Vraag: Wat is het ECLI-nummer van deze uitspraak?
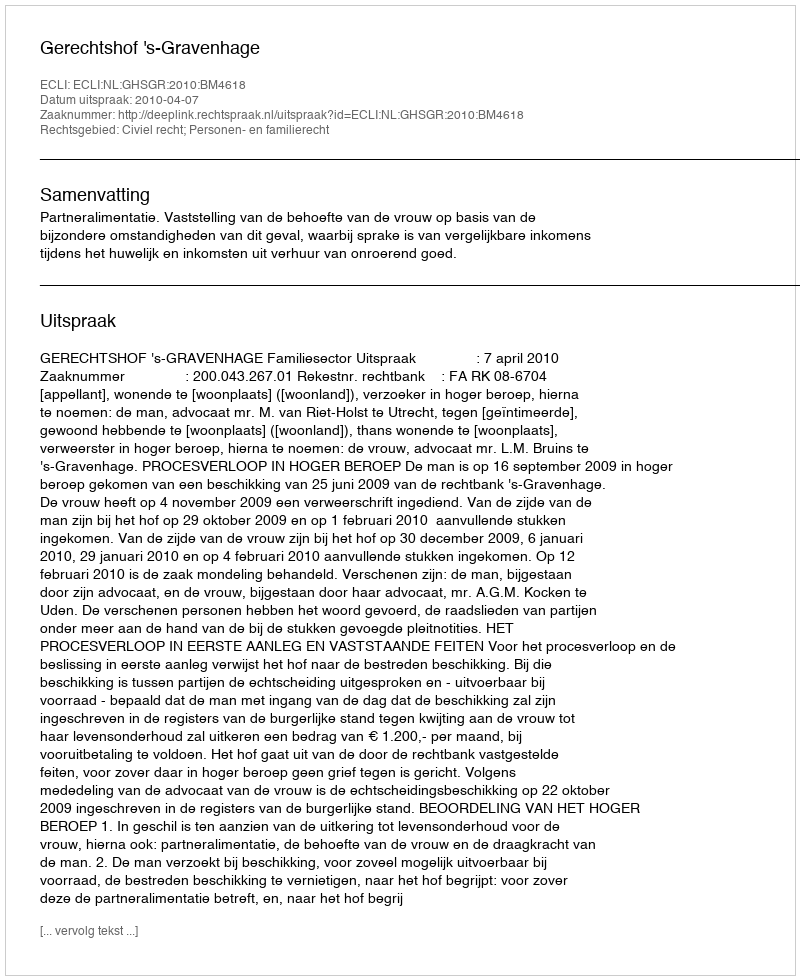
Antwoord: ECLI:NL:GHSGR:2010:BM4618